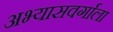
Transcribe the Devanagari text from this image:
अभ्यासवर्गाला